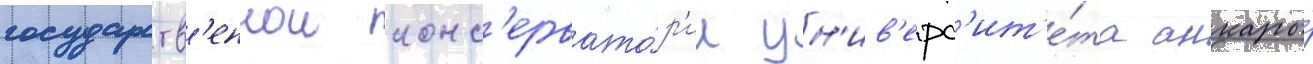
государств'еннои конс'ервато́р'ии ун'ив'ерс'ит'е́та анкары́